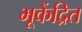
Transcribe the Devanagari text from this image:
भूकेंद्रित